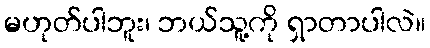
မဟုတ်ပါဘူး၊ ဘယ်သူ့ကို ရှာတာပါလဲ။